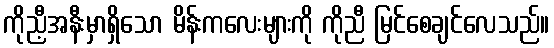
ကိုညီ့အနီးမှာရှိသော မိန်းကလေးများကို ကိုညီ မြင်စေချင်လေသည်။